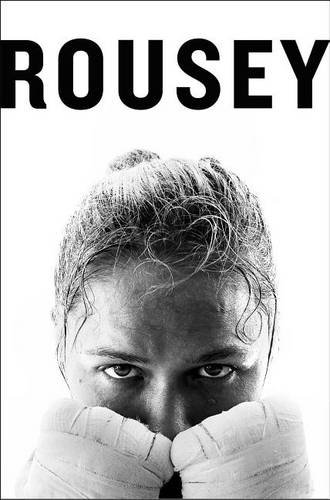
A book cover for My Fight / Your Fight; Ronda Rousey; Health, Fitness & Dieting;